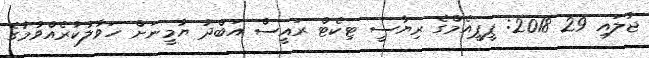
ޖުލައި 29 2018: ޕީޕީއެމްގެ ރިޔާސީ ޓިކެޓް ރައީސް އަބްދު ޔާމީނަށް ހަވާލުކުރެއްވުމުގެ